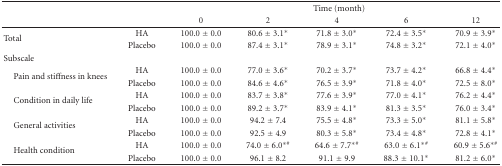
<table><thead><tr><td><b> </b></td><td><b> </b></td><td colspan="5"><b>Time (month)</b></td></tr><tr><td><b> </b></td><td><b> </b></td><td><b>0</b></td><td><b>2</b></td><td><b>4</b></td><td><b>6</b></td><td><b>12</b></td></tr></thead><tbody><tr><td rowspan="2">Total</td><td>HA</td><td>100.0 ± 0.0</td><td>80.6 ± 3.1*</td><td>71.8 ± 3.0*</td><td>72.4 ± 3.5*</td><td>70.9 ± 3.9*</td></tr><tr><td>Placebo</td><td>100.0 ± 0.0</td><td>87.4 ± 3.1*</td><td>78.9 ± 3.1*</td><td>74.8 ± 3.2*</td><td>72.1 ± 4.0*</td></tr><tr><td>Subscale</td><td> </td><td> </td><td> </td><td> </td><td> </td><td> </td></tr><tr><td rowspan="2"> Pain and stiffness in knees</td><td>HA</td><td>100.0 ± 0.0</td><td>77.0 ± 3.6*</td><td>70.2 ± 3.7*</td><td>73.7 ± 4.2*</td><td>66.8 ± 4.4*</td></tr><tr><td>Placebo</td><td>100.0 ± 0.0</td><td>84.6 ± 4.6*</td><td>76.5 ± 3.9*</td><td>71.8 ± 4.0*</td><td>72.5 ± 8.0*</td></tr><tr><td rowspan="2"> Condition in daily life</td><td>HA</td><td>100.0 ± 0.0</td><td>83.7 ± 3.8*</td><td>77.6 ± 3.9*</td><td>77.0 ± 4.1*</td><td>76.2 ± 4.4*</td></tr><tr><td>Placebo</td><td>100.0 ± 0.0</td><td>89.2 ± 3.7*</td><td>83.9 ± 4.1*</td><td>81.3 ± 3.5*</td><td>76.0 ± 3.4*</td></tr><tr><td rowspan="2"> General activities</td><td>HA</td><td>100.0 ± 0.0</td><td>94.2 ± 7.4</td><td>75.5 ± 4.8*</td><td>73.3 ± 5.0*</td><td>81.1 ± 5.8*</td></tr><tr><td>Placebo</td><td>100.0 ± 0.0</td><td>92.5 ± 4.9</td><td>80.3 ± 5.8*</td><td>73.4 ± 4.8*</td><td>72.8 ± 4.1*</td></tr><tr><td rowspan="2"> Health condition</td><td>HA</td><td>100.0 ± 0.0</td><td>74.0 ± 6.0<sup>∗#</sup></td><td>64.6 ± 7.7<sup>∗#</sup></td><td>63.0 ± 6.1<sup>∗#</sup></td><td>60.9 ± 5.6<sup>∗#</sup></td></tr><tr><td>Placebo</td><td>100.0 ± 0.0</td><td>96.1 ± 8.2</td><td>91.1 ± 9.9</td><td>88.3 ± 10.1*</td><td>81.2 ± 6.0*</td></tr></tbody></table>